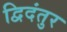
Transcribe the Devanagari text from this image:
द्विदंतुर